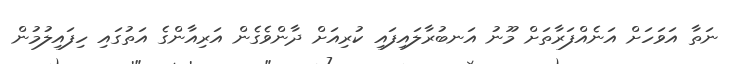
ނަތާ އަވަހަށް އަނެއްފަރާތަށް މޫނު އަނބުރާލައިފައި ކުރިއަށް ދާންވެގެން އަރިއާންގެ އަތުގައި ހިފައިލުމުން